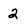
Character: 2